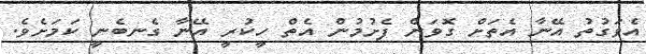
އެވަގުތު އޭނާ އެތަށް ގޮވަން ފެށުމުން އެތް ހީކުރީ އޭނާ ގެނބެނީ ކަމަށެވެ.